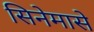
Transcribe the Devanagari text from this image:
सिनेमासे